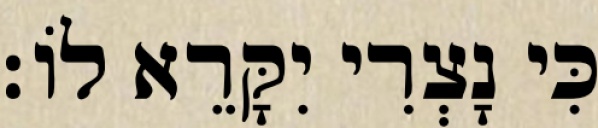
כִּי נָצְרִי יִקָּרֵא לוֹ׃